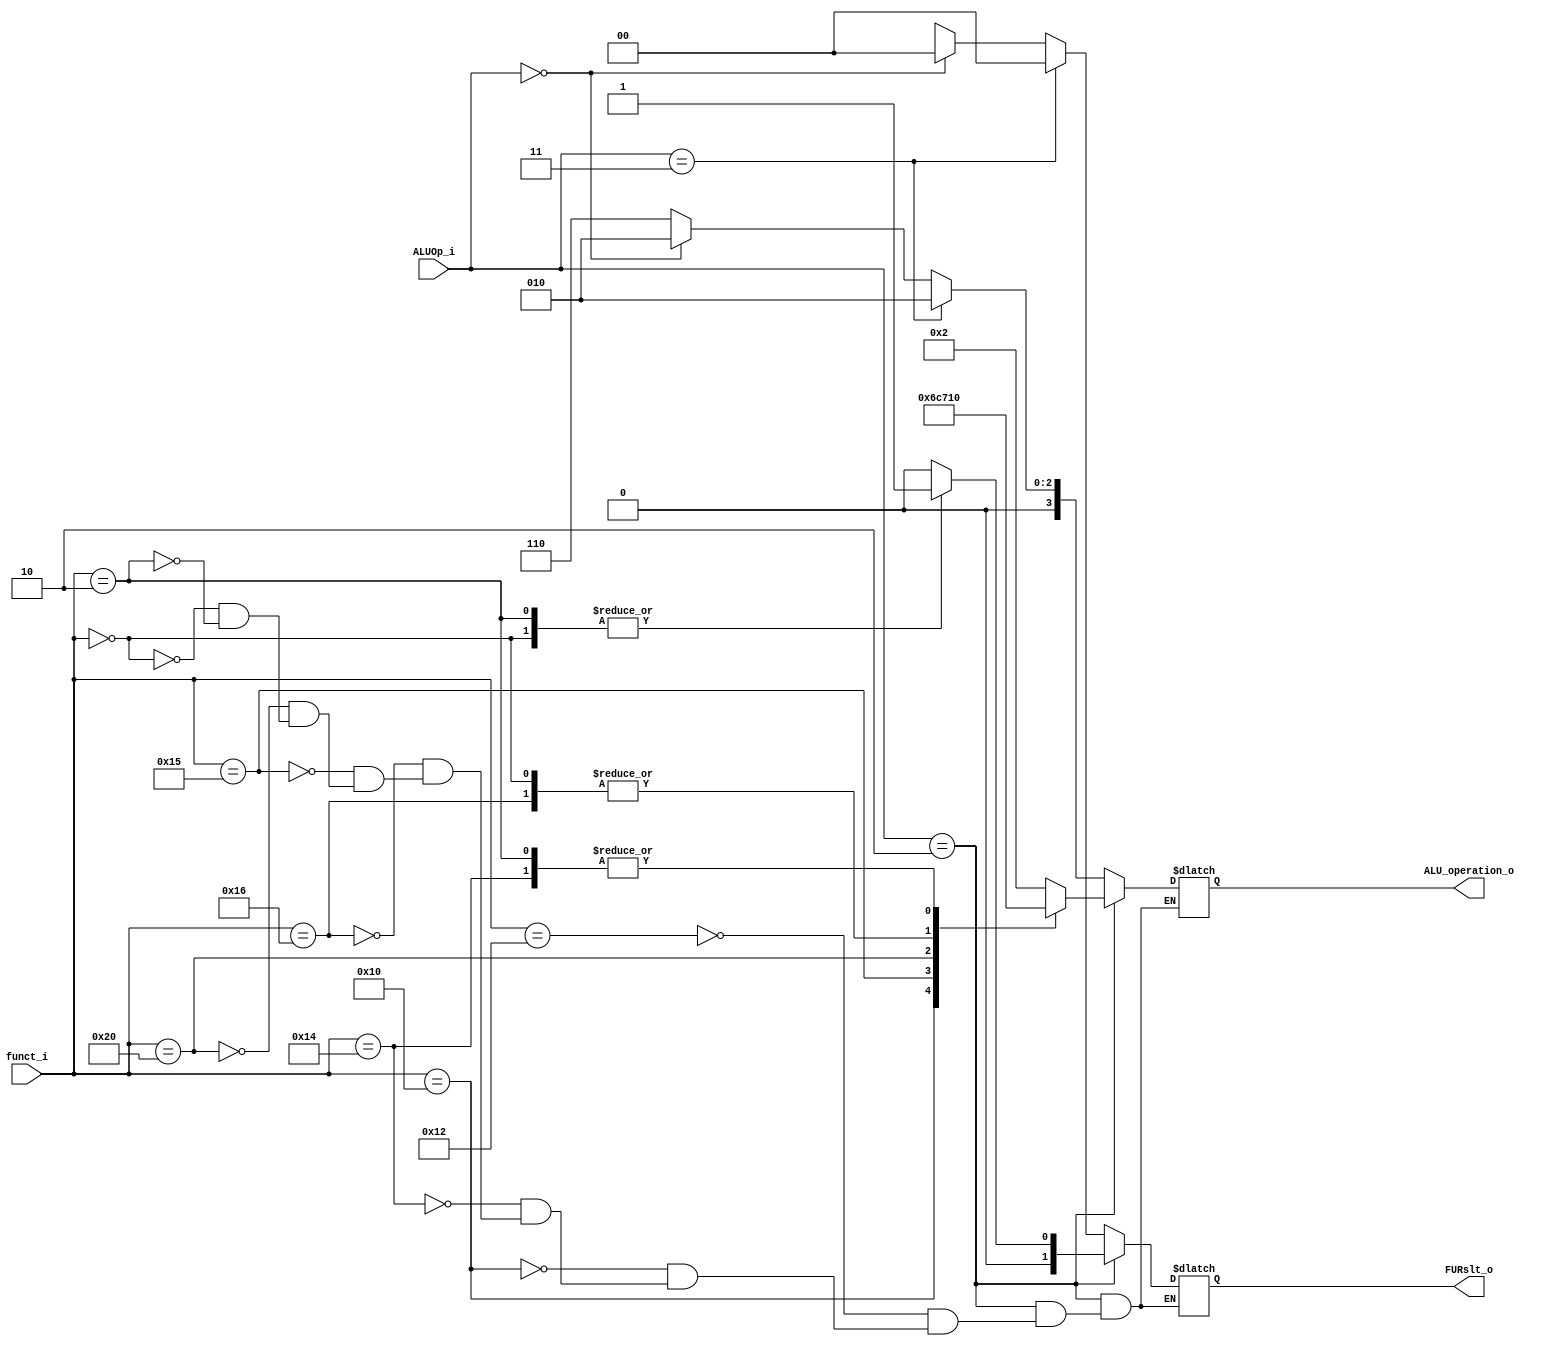
module ALU_Ctrl( funct_i, ALUOp_i, ALU_operation_o, FURslt_o );

//I/O ports 
input      [6-1:0] funct_i;
input      [3-1:0] ALUOp_i;

output     [4-1:0] ALU_operation_o;  
output     [2-1:0] FURslt_o;
     
//Internal Signals
wire		[4-1:0] ALU_operation_o;
wire		[2-1:0] FURslt_o;

//Main function
/*your code here*/

reg [4-1:0] ALU_operation_r;
reg [2-1:0] FURslt_r;
always@(ALUOp_i, funct_i) begin
    if(ALUOp_i == 3'b010) begin // R-type
        case(funct_i) 
            6'b010010 : begin //add
                ALU_operation_r = 4'b0010;
                FURslt_r = 2'b00;
            end
            6'b010000 : begin //sub
                ALU_operation_r = 4'b0110;
                FURslt_r = 2'b00;
            end
            6'b010100 : begin //and
                ALU_operation_r = 4'b0000;
                FURslt_r = 2'b00;
            end
            6'b010110 : begin //or
                ALU_operation_r = 4'b0001;
                FURslt_r = 2'b00;
            end
            6'b010101 : begin //nor
                ALU_operation_r = 4'b1100;
                FURslt_r = 2'b00;
            end
            6'b100000 : begin //slt
                ALU_operation_r = 4'b0111;
                FURslt_r = 2'b00;
            end
            6'b000000 : begin //sll
                ALU_operation_r = 4'b0001;
                FURslt_r = 2'b01;
            end
            6'b000010 : begin //srl
                ALU_operation_r = 4'b0000;
                FURslt_r = 2'b01;
            end
        endcase
    end
    else if(ALUOp_i == 3'b011) begin // addi
        ALU_operation_r = 4'b0010;
        FURslt_r = 2'b00;
    end
    else if(ALUOp_i == 3'b000) begin// lw, sw
        ALU_operation_r = 4'b0010;
        FURslt_r = 2'b00;
    end
    else if(ALUOp_i == 3'b001) begin // beq
        ALU_operation_r = 4'b0110;
        FURslt_r = 2'bxx;
    end
    else if(ALUOp_i == 3'b110) begin //bne
        ALU_operation_r = 4'b0110;
        FURslt_r = 2'bxx;
    end
    else begin // j
        ALU_operation_r = 4'bxxxx;
        FURslt_r = 2'bxx;
    end

end

assign ALU_operation_o = ALU_operation_r;
assign FURslt_o = FURslt_r;

endmodule